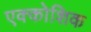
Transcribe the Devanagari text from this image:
एक्कोशिक